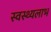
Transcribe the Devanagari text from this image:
स्वस्थ्यलाभ